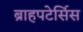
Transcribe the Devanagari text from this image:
ब्राहपटेर्सिस